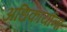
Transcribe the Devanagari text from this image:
अधिकार्याना